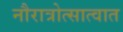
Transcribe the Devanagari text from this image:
नौरात्रोत्सात्वात